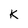
Character: K